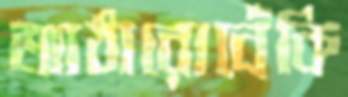
আঠারোবেঁকি